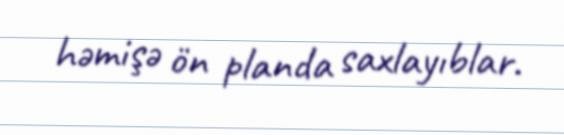
həmişə ön planda saxlayıblar.